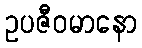
ဥပဇီဝမာနော